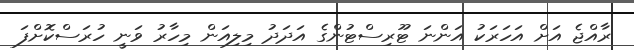
ރާއްޖެ އަށް އަހަރަކު އަންނަ ޓޫރިސްޓުންގެ އަދަދު މިލިއަން މިހާރު ވަނީ ހުރަސްކޮށްފަ